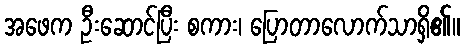
အဖေက ဦးဆောင်ပြီး စကား၊ ပြောတာလောက်သာရှိ၏။